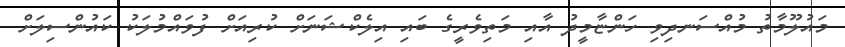
މައުލޫމާތު މުއްސަނދިވި ހަންޏާމީދު އާއި މަތިވެރީގެ ބައި އިލެކްޝަނަށް ކުރިއަށް ފުވައްމުލަކު ކައުންސިލަށް